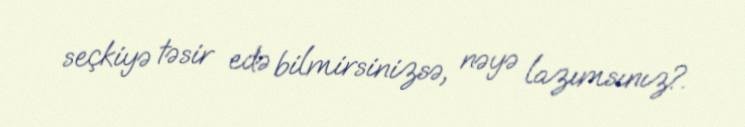
seçkiyə təsir edə bilmirsinizsə, nəyə lazımsınız?.